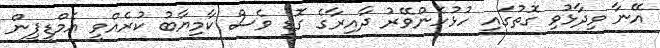
އޭނާ ވިދާޅުވި ގޮތުގައި ހުޅުހެންވޭރު ދާއިރާގެ ގޮޑި ވެސް ކާމިޔާބު ކުރެއްވީ އެމްޑީޕީން